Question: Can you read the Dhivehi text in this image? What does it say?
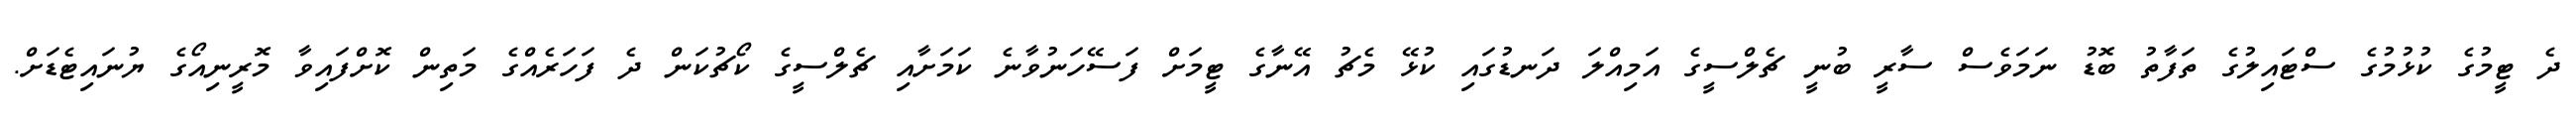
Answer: ދެ ޓީމުގެ ކުޅުމުގެ ސްޓައިލުގެ ތަފާތު ބޮޑު ނަމަވެސް ސާރީ ބުނީ ޗެލްސީގެ އަމިއްލަ ދަނޑުގައި ކުޅޭ މެޗު އޭނާގެ ޓީމަށް ފަސޭހަނުވާނެ ކަމަށާއި ޗެލްސީގެ ކޯޗުކަން ދެ ފަހަރެއްގެ މަތިން ކޮށްފައިވާ މޮރީނިއޯގެ ޔުނައިޓެޑަށް.